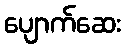
ပျောက်ဆေး